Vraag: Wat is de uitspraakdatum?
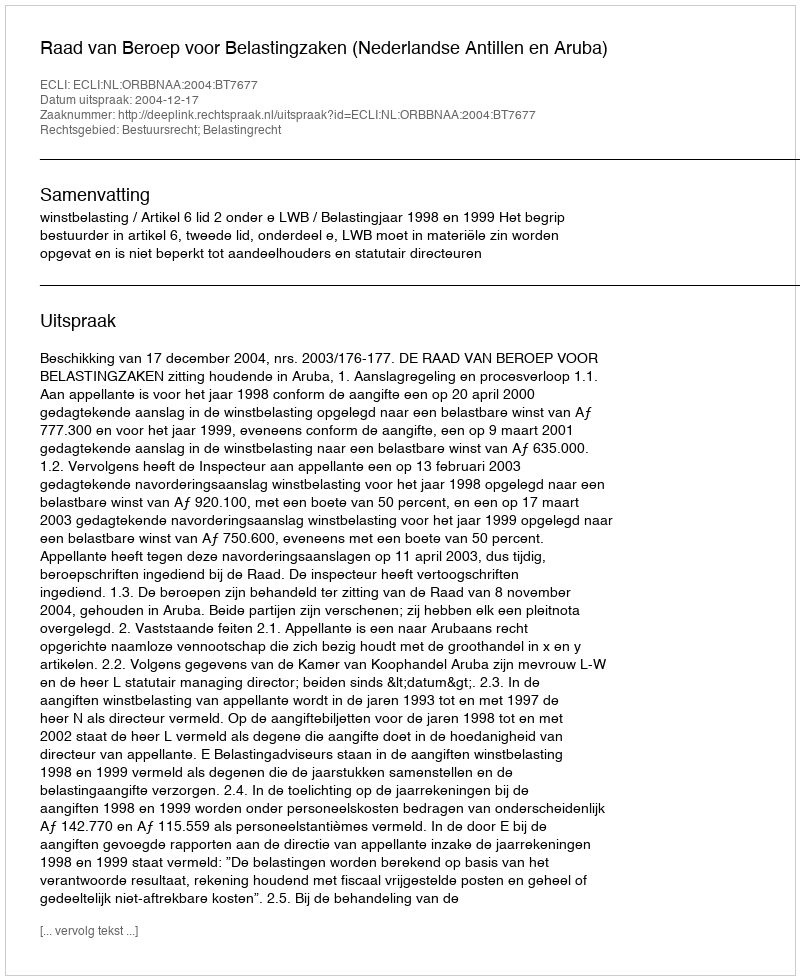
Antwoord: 2004-12-17